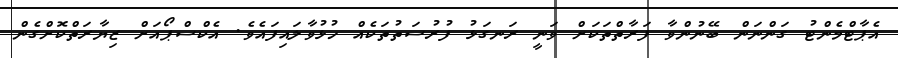
އެޕާޓްމެންޓު ގަންނަން ބޭނުންވާ ފަރާތްތަކަށް ވަނީ ރަނގަޅު ފުރުސަތުތަކެއް ހުޅުވާލައިފައެވެ. އެކްސްޕޯއަށް ޒިޔާރަތްކޮށްގެން